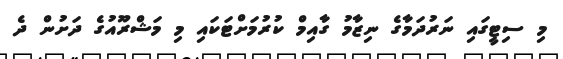
މި ސިޓީގައި ނަރުދަމާގެ ނިޒާމު ގާއިމް ކުރުމަށްޓަކައި މި މަޝްރޫއުގެ ދަށުން ދެ